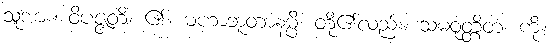
သူအား။ ဝိပဇ္ဇတိ၊ ၏။ မဟာဘူတာနမ္ပိ၊ တို့၏လည်း။ သမဝုတ္တိတံ၊ ကို။